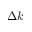
\Delta k